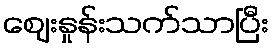
ဈေးနှုန်းသက်သာပြီး